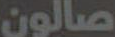
صالون